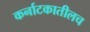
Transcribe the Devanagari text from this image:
कर्नाटकातीलच